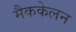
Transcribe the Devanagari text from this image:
मैककेलन